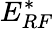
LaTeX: E_{RF}^{*}